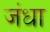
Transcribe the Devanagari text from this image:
जंधा